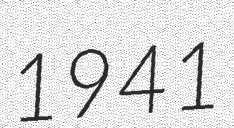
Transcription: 1941